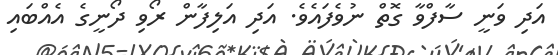
އަދި ވަނީ ސާފްވާ ގޮތް ނުވެފައެވެ. އަދި އަލިފާން ރޯވި ދޯނީގެ އެއްބައި